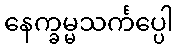
နေက္ခမ္မသင်္ကပ္ပေါ